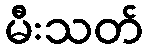
မီးသတ်